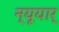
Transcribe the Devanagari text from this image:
न्यूयार्